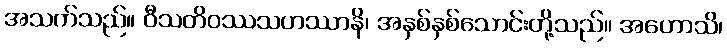
အသက်သည်။ ဝီသတိဝဿသဟဿာနိ၊ အနှစ်နှစ်သောင်းတို့သည်။ အဟောသိ၊